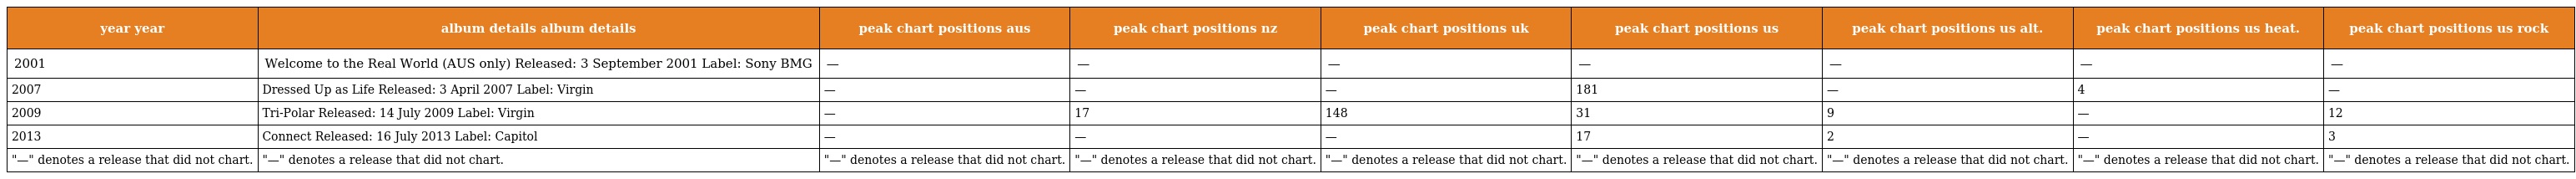
| year year | album details album details | peak chart positions aus | peak chart positions nz | peak chart positions uk | peak chart positions us | peak chart positions us alt. | peak chart positions us heat. | peak chart positions us rock |
 | --- | --- | --- | --- | --- | --- | --- | --- | --- |
 | 2001 | Welcome to the Real World (AUS only) Released: 3 September 2001 Label: Sony BMG | — | — | — | — | — | — | — |
 | 2007 | Dressed Up as Life Released: 3 April 2007 Label: Virgin | — | — | — | 181 | — | 4 | — |
 | 2009 | Tri-Polar Released: 14 July 2009 Label: Virgin | — | 17 | 148 | 31 | 9 | — | 12 |
 | 2013 | Connect Released: 16 July 2013 Label: Capitol | — | — | — | 17 | 2 | — | 3 |
 | "—" denotes a release that did not chart. | "—" denotes a release that did not chart. | "—" denotes a release that did not chart. | "—" denotes a release that did not chart. | "—" denotes a release that did not chart. | "—" denotes a release that did not chart. | "—" denotes a release that did not chart. | "—" denotes a release that did not chart. | "—" denotes a release that did not chart. |